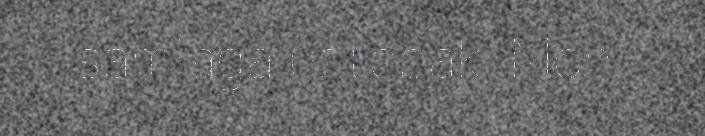
samlaga ustebak. Mon